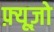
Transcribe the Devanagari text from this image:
फ़्यूज़ो